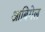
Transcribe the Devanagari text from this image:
आबिगेल